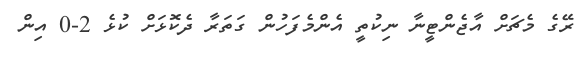
ރޭގެ މެޗަށް އާޖެންޓީނާ ނިކުތީ އެންމެފަހުން ގަތަރާ ދެކޮޅަށް ކުޅެ 2-0 އިން